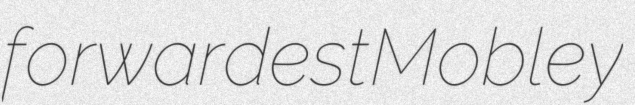
forwardest Mobley